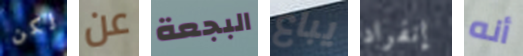
لكن عن البجعة يباع إنفراد أنه